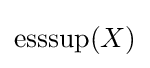
{\text{esssup}}(X)